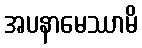
အပနာမေဿာမိ